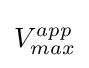
V_{max}^{app}